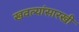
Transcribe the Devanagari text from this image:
खवल्यांसारखी